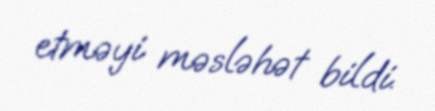
etməyi məsləhət bildi.